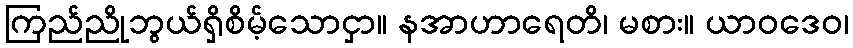
ကြည်ညိုဘွယ်ရှိစိမ့်သောငှာ။ နအာဟာရေတိ၊ မစား။ ယာဝဒေဝ၊